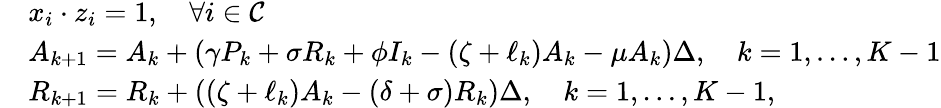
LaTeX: \begin{array}{rl}&{x_{i}\cdot z_{i}=1,\quad\forall i\in\mathcal{C}}\\ &{A_{k+1}=A_{k}+(\gamma P_{k}+\sigma R_{k}+\phi I_{k}-\left(\zeta+\ell_{k}\right)A_{k}-\mu A_{k})\Delta,\quad k=1,\dots,K-1}\\ &{R_{k+1}=R_{k}+\left(\left(\zeta+\ell_{k}\right)A_{k}-(\delta+\sigma)R_{k}\right)\Delta,\quad k=1,\dots,K-1,}\end{array}